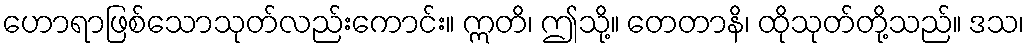
ဟောရာဖြစ်သောသုတ်လည်းကောင်း။ ဣတိ၊ ဤသို့။ တေတာနိ၊ ထိုသုတ်တို့သည်။ ဒသ၊